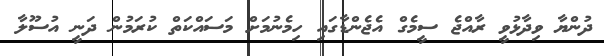
ދުންޔާ ވިދާޅުވީ ރާއްޖެ ސީމެގް އެޖެންޑާގައި ހިމެނުމަށް މަސައްކަތް ކުރަމުން ދަނީ އުސޫލާ